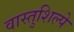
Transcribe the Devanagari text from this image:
वास्तुशिल्पे